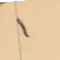
1